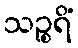
သဉ္စရိံ